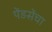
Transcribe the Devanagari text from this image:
पेंडसेंचा